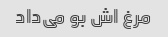
مرغ اش بو می‌داد